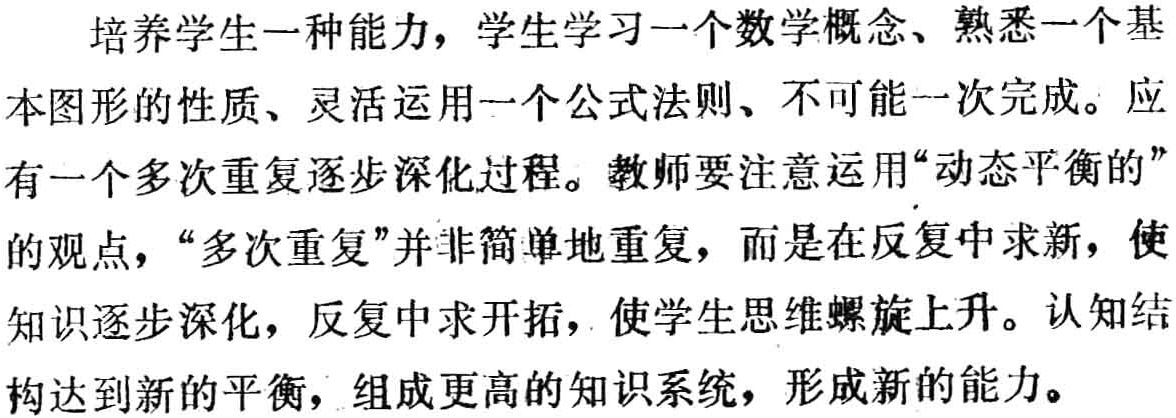
培养学生一种能力，学生学习一个数学概念、熟悉一个基本图形的性质、灵活运用一个公式法则、不可能一次完成。应有一个多次重复逐步深化过程。教师要注意运用“动态平衡的”的观点，“多次重复”并非简单地重复，而是在反复中求新，使知识逐步深化，反复中求开拓，使学生思维螺旋上升。认知结构达到新的平衡，组成更高的知识系统，形成新的能力。